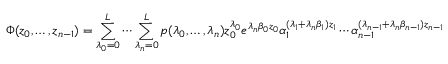
\Phi ( z _ { 0 } , \ldots , z _ { n - 1 } ) = \sum _ { \lambda _ { 0 } = 0 } ^ { L } \cdots \sum _ { \lambda _ { n } = 0 } ^ { L } p ( \lambda _ { 0 } , \ldots , \lambda _ { n } ) z _ { 0 } ^ { \lambda _ { 0 } } e ^ { \lambda _ { n } \beta _ { 0 } z _ { 0 } } \alpha _ { 1 } ^ { ( \lambda _ { 1 } + \lambda _ { n } \beta _ { 1 } ) z _ { 1 } } \cdots \alpha _ { n - 1 } ^ { ( \lambda _ { n - 1 } + \lambda _ { n } \beta _ { n - 1 } ) z _ { n - 1 } }